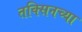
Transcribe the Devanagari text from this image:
तक्सिनच्या